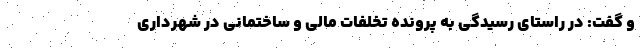
و گفت: در راستای رسیدگی به پرونده تخلفات مالى و ساختمانى در شهرداری